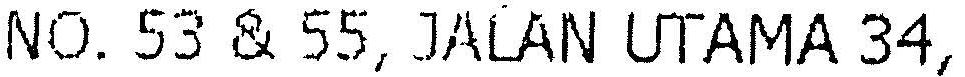
NO.53 & 55, JALAN UTAMA 34,